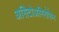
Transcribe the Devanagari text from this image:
असिटोअमिनोफेन